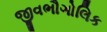
જીવભૌગોલિક